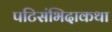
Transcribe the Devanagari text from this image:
पटिसंभिदाकथा